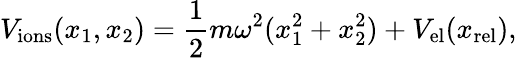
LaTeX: V_{\mathrm{ions}}(x_{1},x_{2})=\frac{1}{2}m\omega^{2}(x_{1}^{2}+x_{2}^{2})+V_{\mathrm{el}}(x_{\mathrm{rel}}),